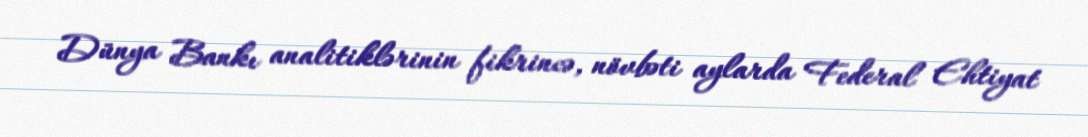
Dünya Bankı analitiklərinin fikrincə, növbəti aylarda Federal Ehtiyat